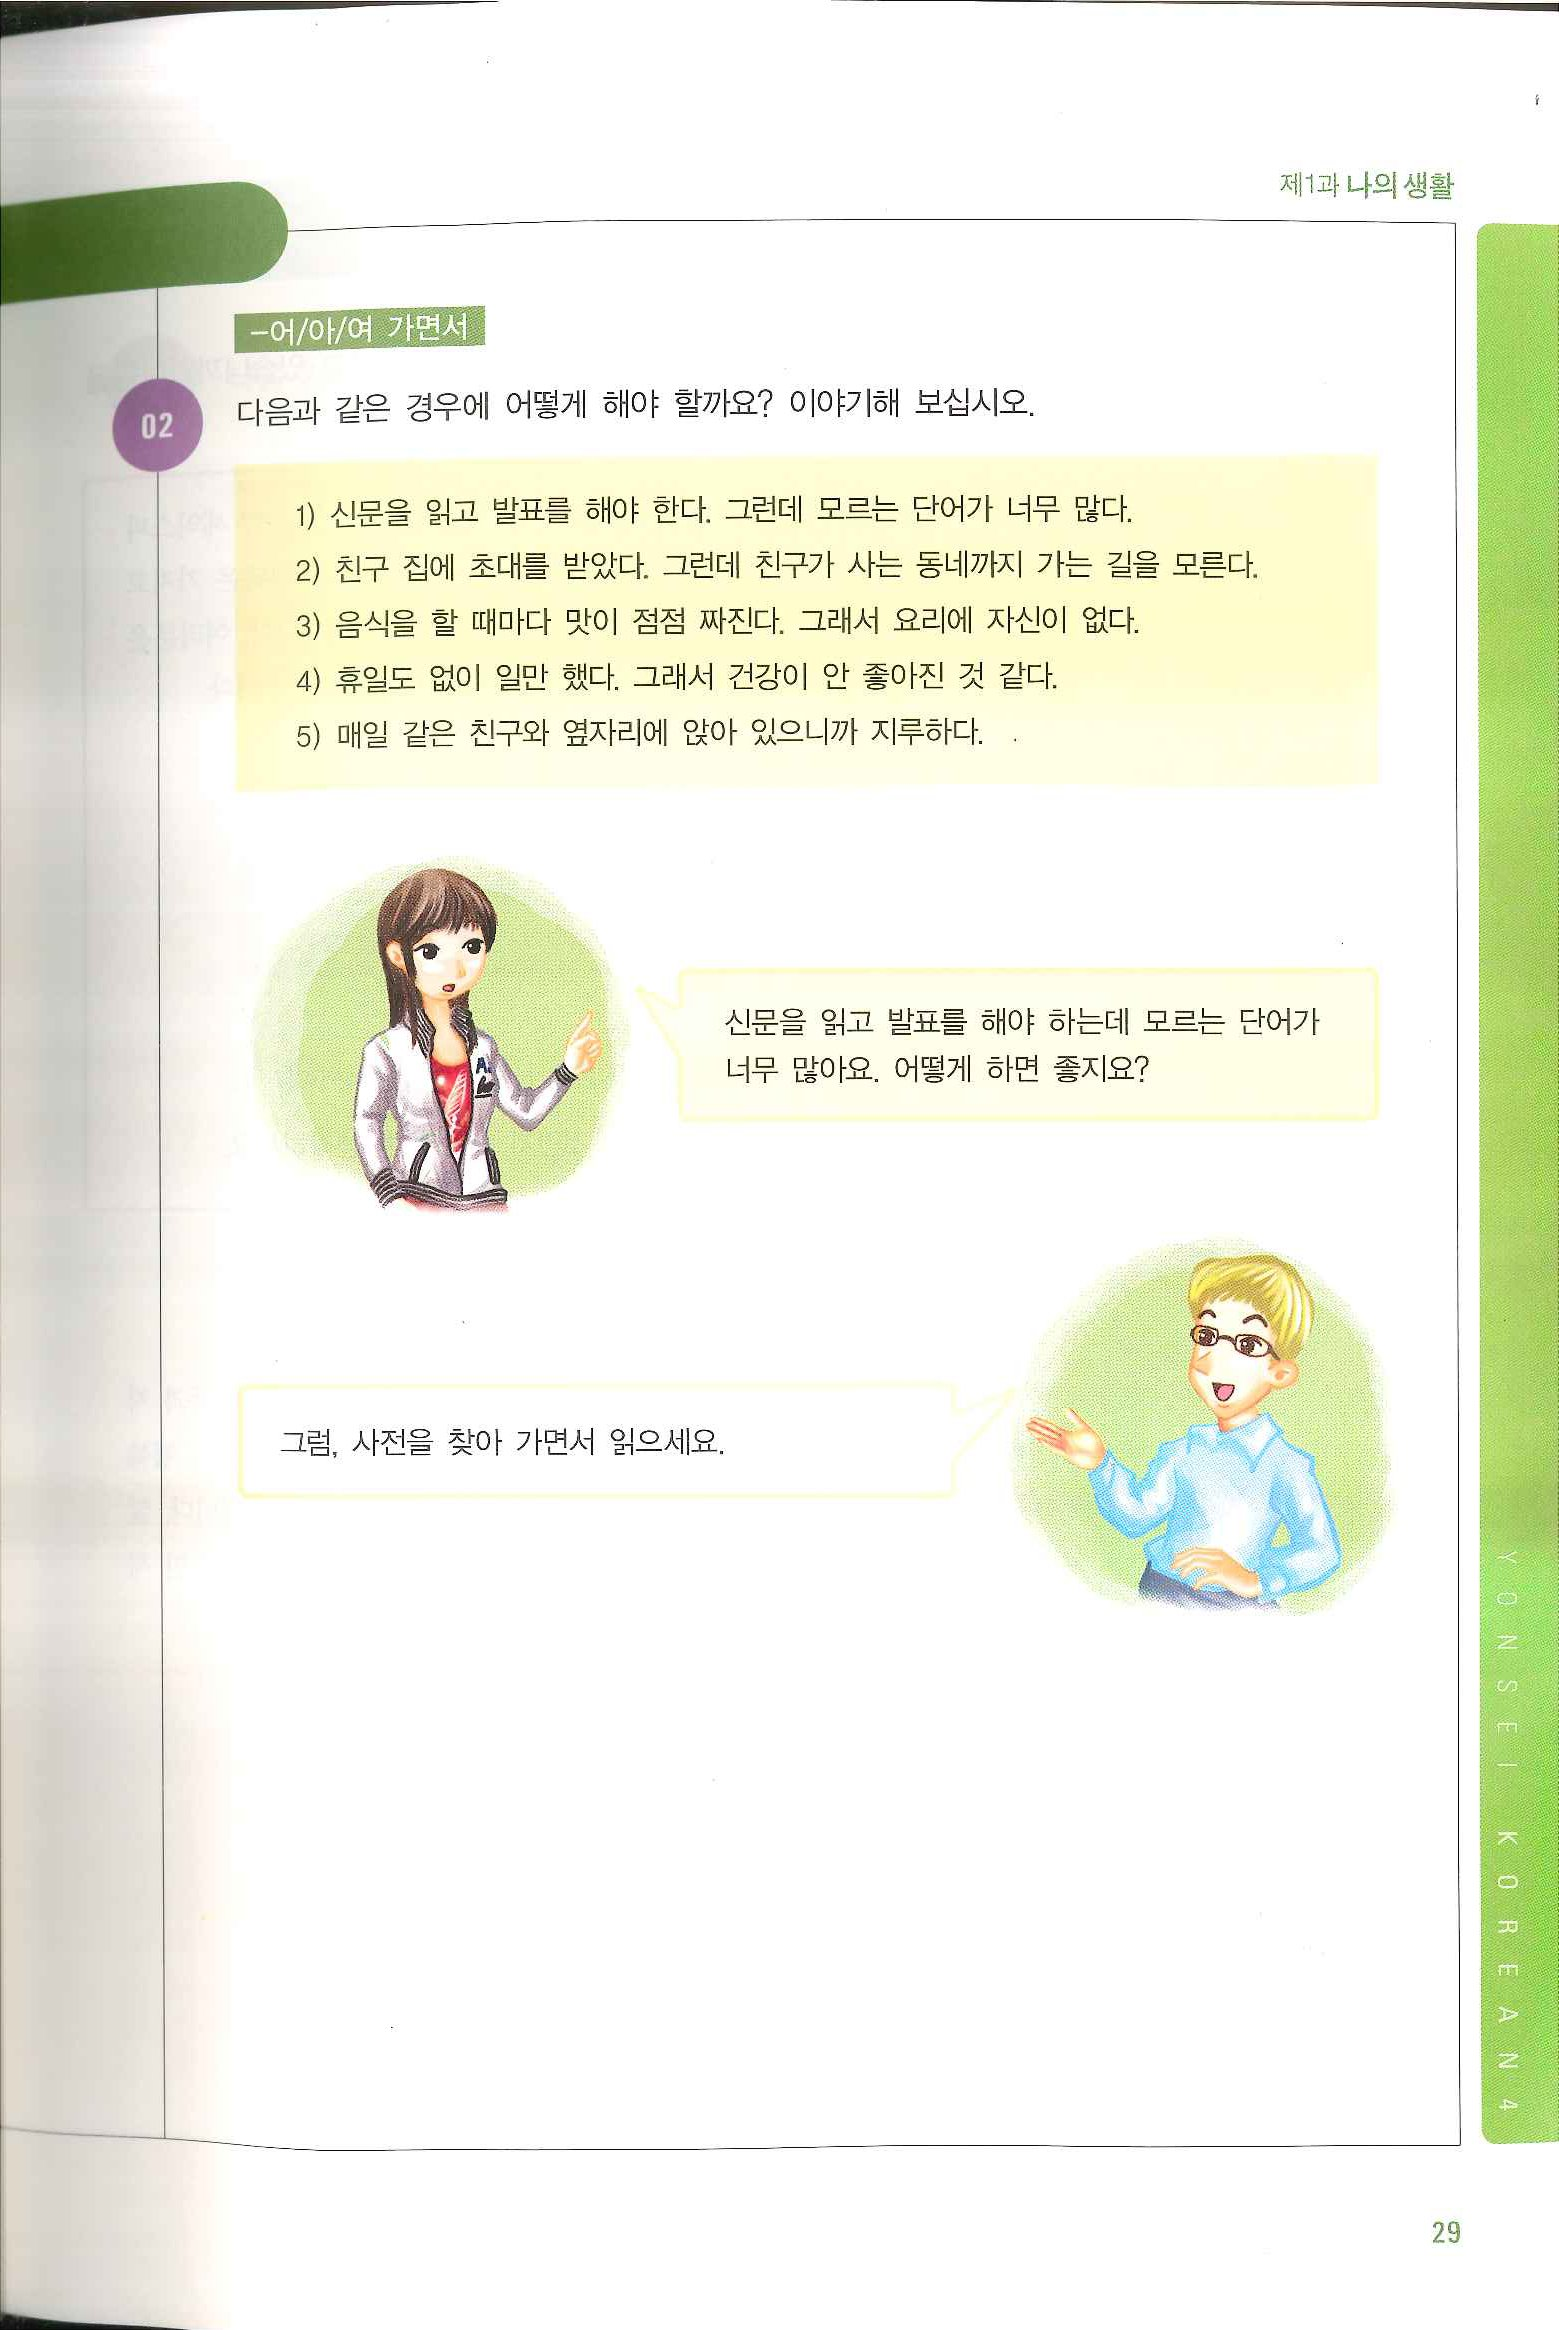
Language: ko